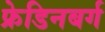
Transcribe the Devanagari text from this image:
फ्रेडिनबर्ग